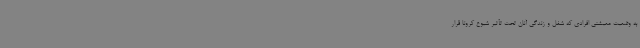
به وضعیت معیشتی افرادی که شغل و زندگی آنان تحت تأثیر شیوع کرونا قرار